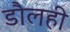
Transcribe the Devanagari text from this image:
डौलही